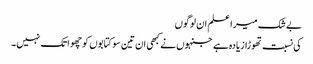
بے شک میرا علم ان لوگوں
کی نسبت تھوڑا زیادہ ہے جنہوں نے کبھی ان تین سو کتابوں کو چھوا تک نہیں۔